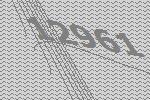
12961